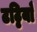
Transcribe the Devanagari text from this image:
टट्टियाँ